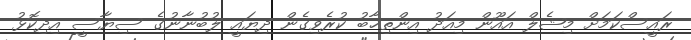
ރައީސްކަމަށް މިޝެލް އައޫން މިއަދު އިންތިޚާބު ކުރެވިގެން ދިޔައީ ލުބުނާނުގެ ސިޔާސީ އިދިކޮޅު